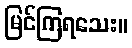
မြင်ကြရသေး။